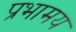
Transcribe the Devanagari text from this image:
प्रभामय